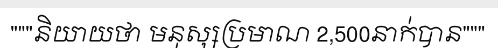
"""និយាយថា មនុស្សប្រមាណ 2,500នាក់បាន"""